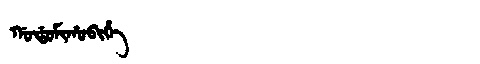
Manchu: ᡤᠣᡩᠣᠮᡳᡥᠣᠪᡳᡥᡝ
Romanization: GODOMIHOBIHE